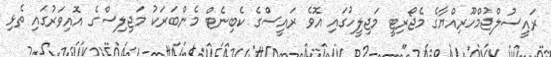
ރައީސުލްޖުމްހޫރިއްޔާގެ މެޖޯރިޓީ މަޖިލީހުގައި އޮވެ ރައީސްގެ ކެބިނެޓް މެންބަރަކު މަޖިލިސްގެ އޮއިވަރުގައި ތެޅި